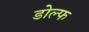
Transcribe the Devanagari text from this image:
डोल्फ